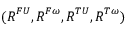
( \boldsymbol { R } ^ { F U } , \boldsymbol { R } ^ { F \omega } , \boldsymbol { R } ^ { T U } , \boldsymbol { R } ^ { T \omega } )